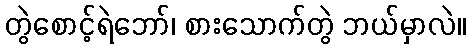
တွဲစောင့်ရဲဘော်၊ စားသောက်တွဲ ဘယ်မှာလဲ။